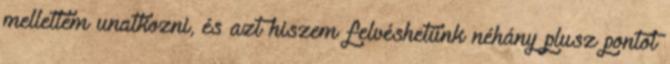
mellettem unatkozni, és azt hiszem felvéshetünk néhány plusz pontot